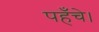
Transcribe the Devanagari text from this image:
पहँचे।